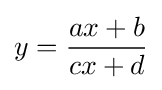
y={\frac {ax+b}{cx+d}}